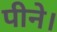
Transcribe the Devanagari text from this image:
पीने।